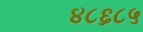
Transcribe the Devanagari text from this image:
४८६८५